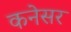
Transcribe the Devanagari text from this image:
कनेसर